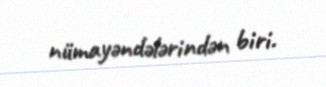
nümayəndələrindən biri.